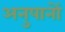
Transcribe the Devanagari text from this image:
अनुपानों